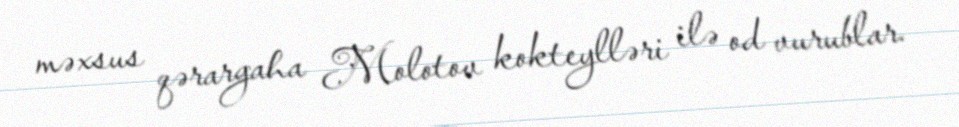
məxsus qərargaha Molotov kokteylləri ilə od vurublar.